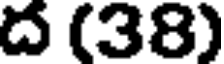
ద (38)